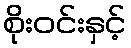
စိုးဝင်းနှင့်